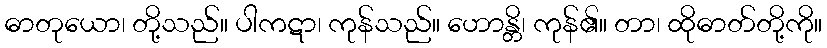
ဓာတုယော၊ တို့သည်။ ပါကဋာ၊ ကုန်သည်။ ဟောန္တိ၊ ကုန်၏။ တာ၊ ထိုဓာတ်တို့ကို။